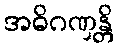
အဓိဂဏှန္တိ